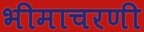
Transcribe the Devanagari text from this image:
भीमाचरणी